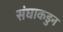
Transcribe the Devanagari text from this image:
संघाकडुन